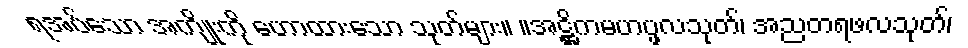
ရအပ်သော အကျိုးကို ဟောထားသော သုတ်များ။ ။အဋ္ဌိကမဟပ္ဖလသုတ်၊ အညတရဖလသုတ်၊